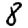
Digit: 8